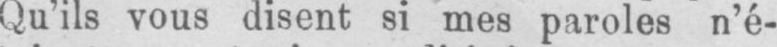
Qu’ils vous disent si mes paroles n’é-